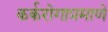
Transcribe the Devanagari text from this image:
कर्करोगाप्रमाणे